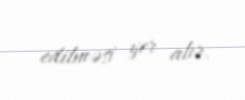
edilməsi yer alır.